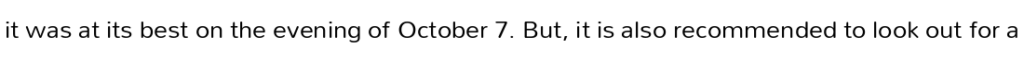
it was at its best on the evening of October 7. But, it is also recommended to look out for a